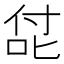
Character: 㖚